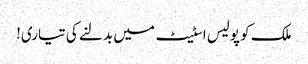
ملک کو پولیس اسٹیٹ میں بدلنے کی تیاری!